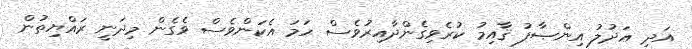
އަދި ޢަދުލު އިންޞާފު ޤާއިމު ކުރެވިގެންދާއިރުވެސް ހަމަ އެކަންވެސް ވެގެން މިދަނީ ރައްޔިތުން